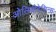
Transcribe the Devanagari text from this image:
ओलियोरेसिन्स